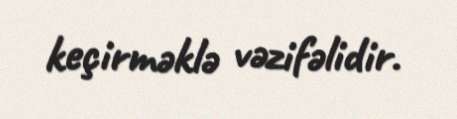
keçirməklə vəzifəlidir.